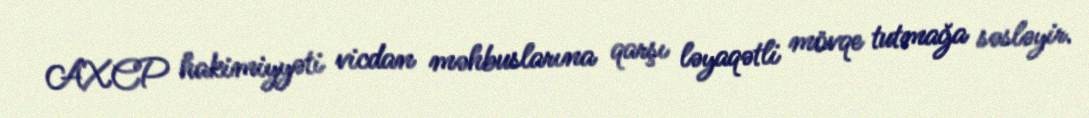
AXCP hakimiyyəti vicdan məhbuslarına qarşı ləyaqətli mövqe tutmağa səsləyir.